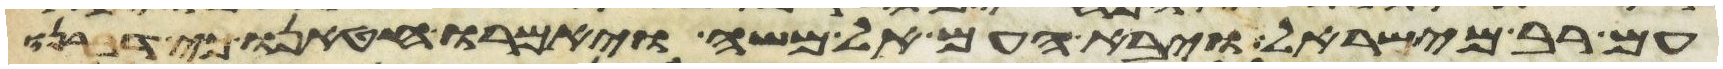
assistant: עם רב מישראל ויבא העם אל משה ויאמרו חטאנו כי דברנו